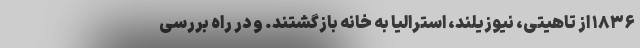
۱۸۳۶ از تاهیتی، نیوزیلند، استرالیا به خانه بازگشتند. و در راه بررسی